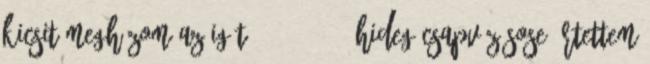
kicsit meghúzom az igát. 23:47:48 Hideg csapvíz sose értettem